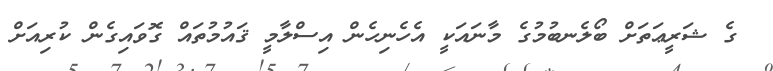
ގެ ޝަރީޢަތަށް ބޯލެނބުމުގެ މާނައަކީ އެހެނިހެން އިސްލާމީ ޤައުމުތައް ގޮވައިގެން ކުރިއަށް